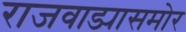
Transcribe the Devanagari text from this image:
राजवाड्यासमोर